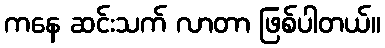
ကနေ ဆင်းသက် လာတာ ဖြစ်ပါတယ်။